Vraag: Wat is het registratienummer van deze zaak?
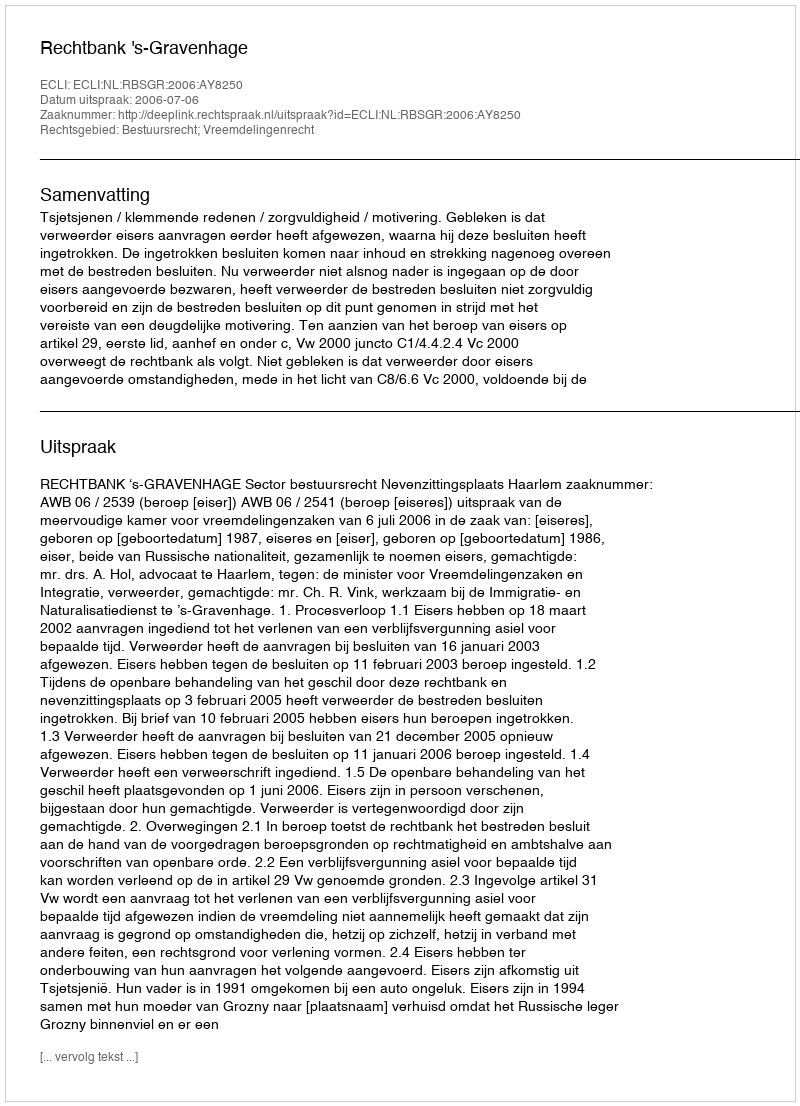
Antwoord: http://deeplink.rechtspraak.nl/uitspraak?id=ECLI:NL:RBSGR:2006:AY8250